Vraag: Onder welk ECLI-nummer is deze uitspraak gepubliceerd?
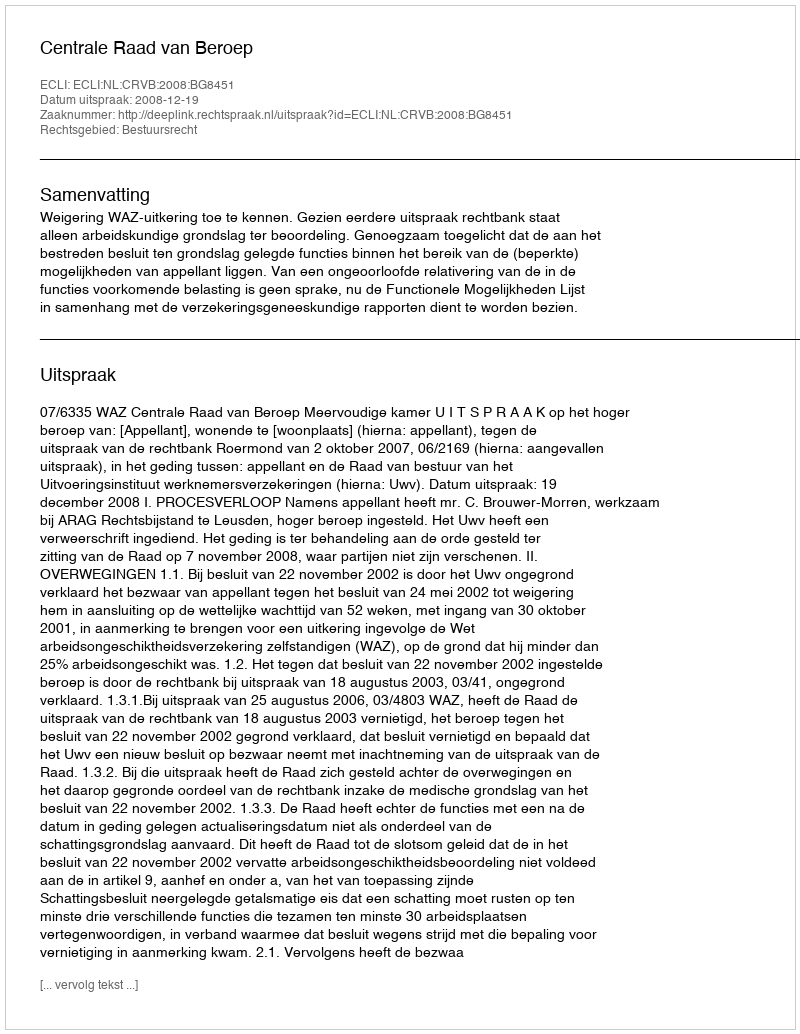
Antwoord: ECLI:NL:CRVB:2008:BG8451